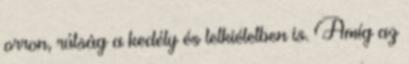
orron, rútság a kedély és lelkiéletben is. Amíg az